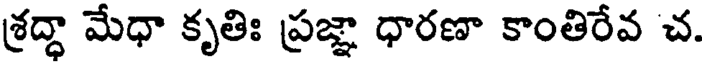
శ్రద్ధా మేధా కృతిః ప్రజ్ఞా ధారణా కాంతిరేవ చ.